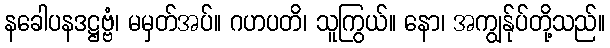
နခေါပနဒဋ္ဌဗ္ဗံ၊ မမှတ်အပ်။ ဂဟပတိ၊ သူကြွယ်။ နော၊ အကျွန်ုပ်တို့သည်။